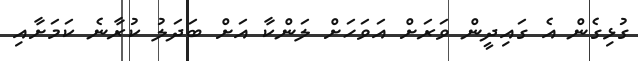
ގުޅިގެން އެ ގައިދީން ވަރަށް އަވަހަށް ލަންކާ އަށް ބަދަލު ކުރާނެ ކަމަށާއި